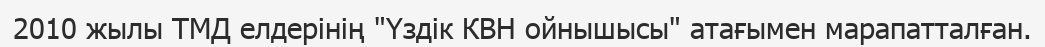
2010 жылы ТМД елдерінің "Үздік КВН ойнышысы" атағымен марапатталған.